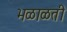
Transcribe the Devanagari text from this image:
भळाळती